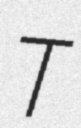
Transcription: T